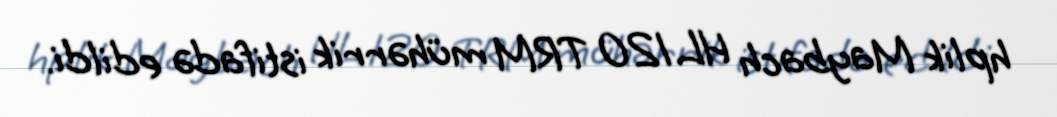
hplik Maybach HL 120 TRM mühərrik istifadə edildi.